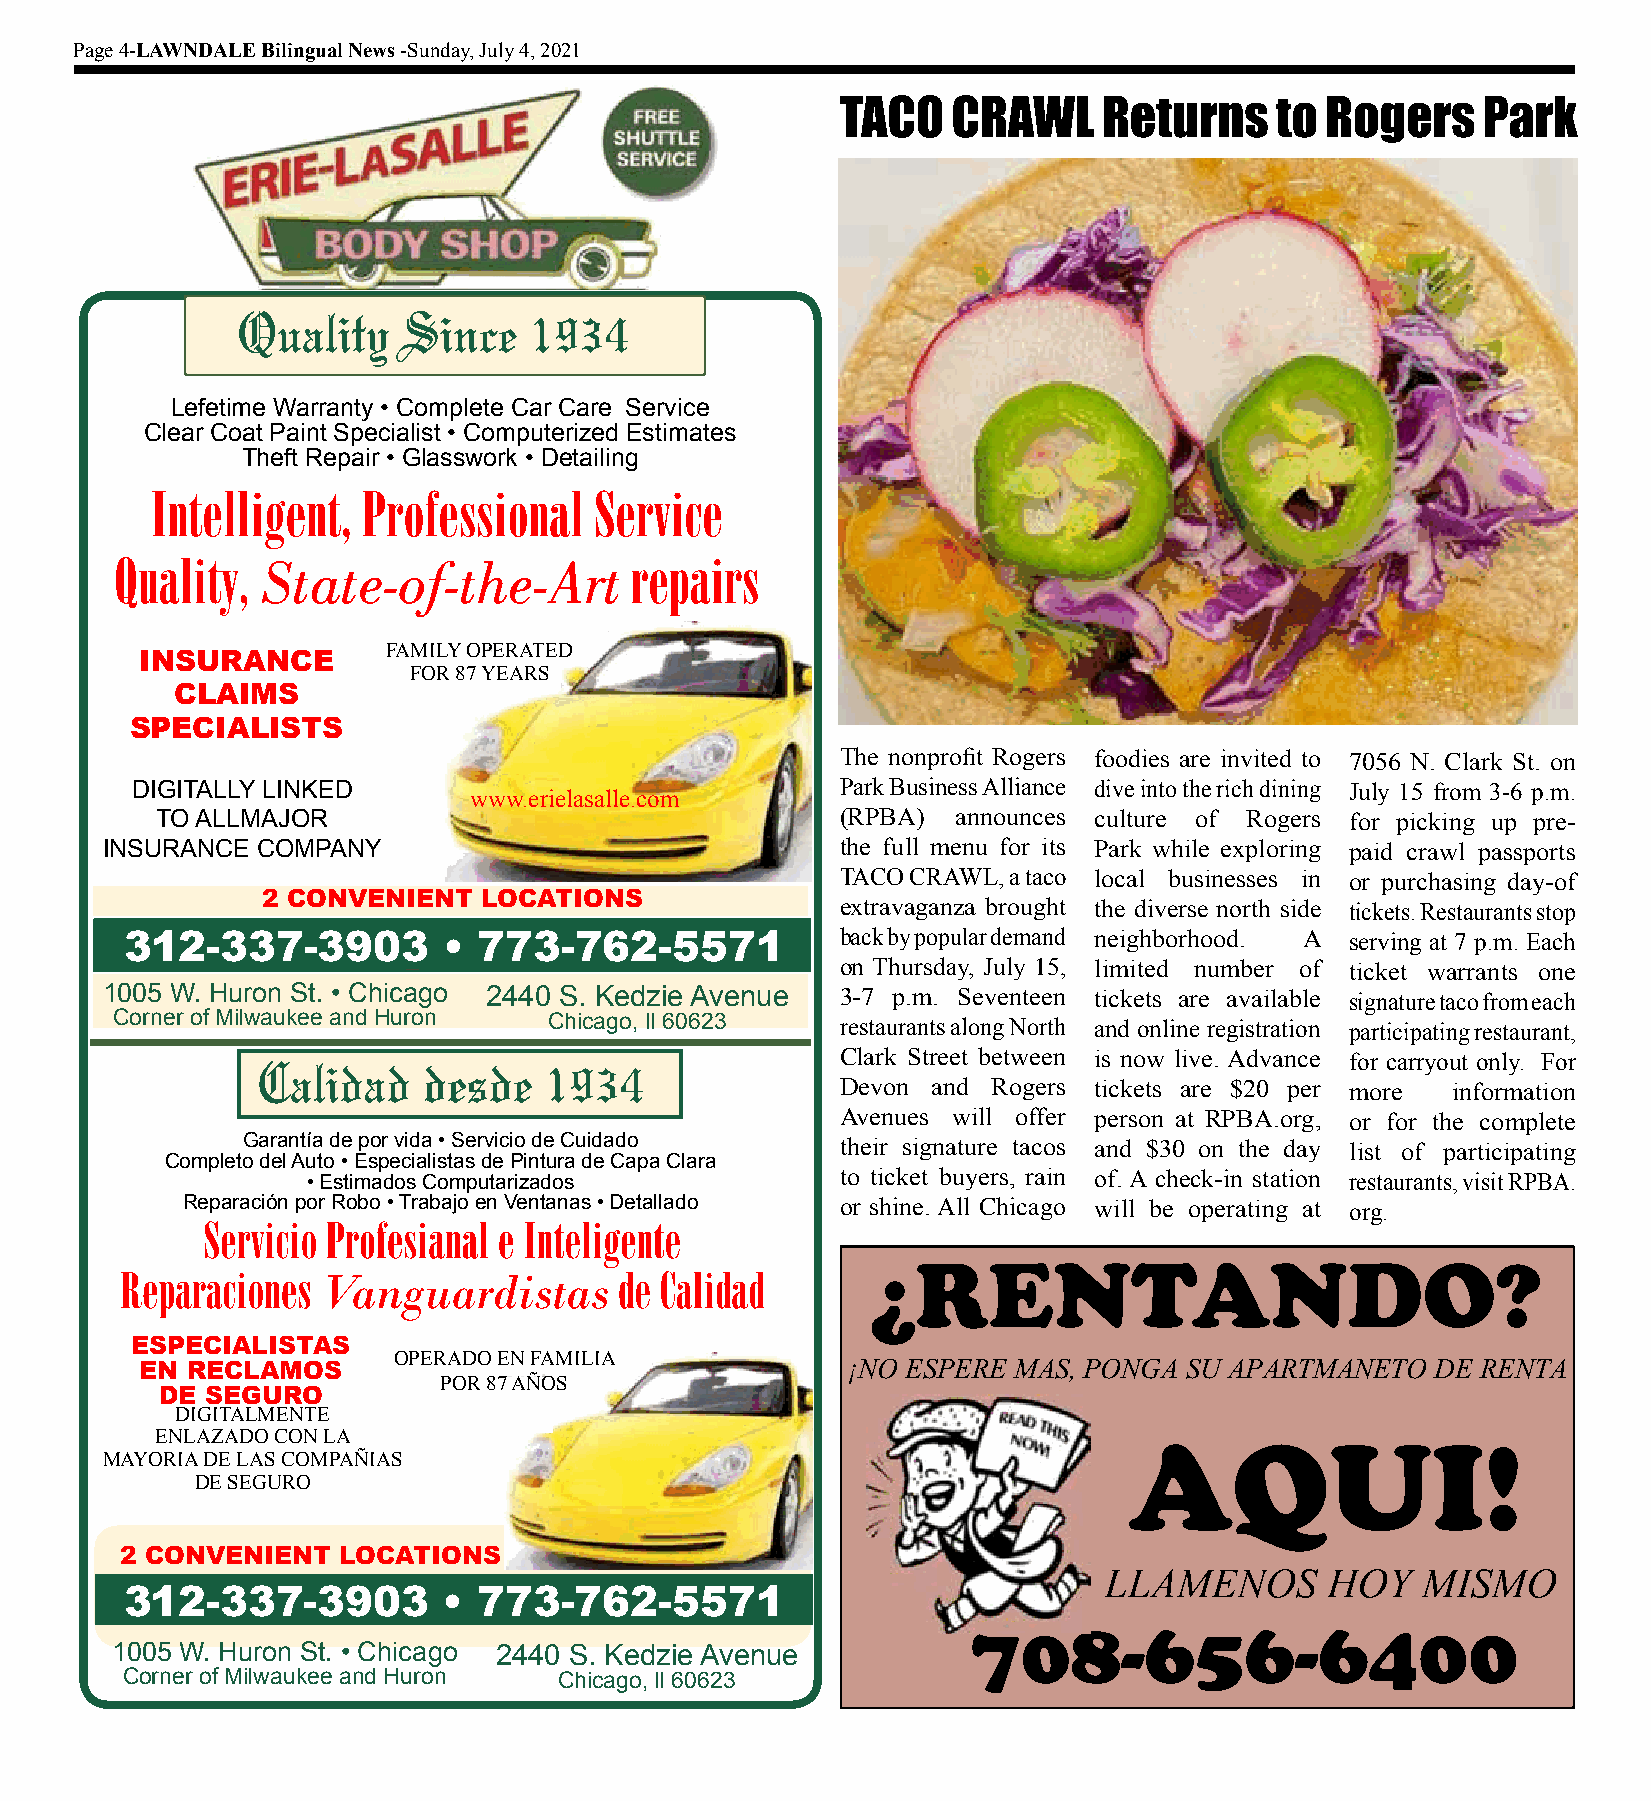
Page 4-LAWNDALE Bilingual News -Sunday, July 4, 2021
 TACO   CRAWL     Returns    to  Rogers    Park
 Quality    Since   1934
 Lefetime Warranty • Complete Car Care Service
 Clear Coat Paint Specialist • Computerized Estimates
 Theft Repair • Glasswork • Detailing
 Intelligent,  Professional   Service
 Quality, State-of-the-Art         repairs
 FAMILY OPERATED
 INSURANCE
 FOR 87 YEARS
 CLAIMS
 SPECIALISTS
 The nonprofit Rogers foodies are invited to 7056 N. Clark St. on
 DIGITALLY LINKED                               Park Business Alliance dive into the rich dining July 15 from 3-6 p.m.
 www.erielasalle.com
 TO ALLMAJOR                                   (RPBA) announces culture of Rogers for picking up pre-
 INSURANCE COMPANY                                the full menu for its Park while exploring paid crawl passports
 TACO CRAWL, a taco local businesses in or purchasing day-of
 2 CONVENIENT   LOCATIONS
 extravaganza brought the diverse north side tickets. Restaurants stop
 312-337-3903         •  773-762-5571            back by popular demand neighborhood. A serving at 7 p.m. Each
 on Thursday, July 15, limited number of ticket warrants one
 1005 W. Huron St. • Chicago 2440 S. Kedzie Avenue 3-7 p.m. Seventeen tickets are available signature taco from each
 Corner of Milwaukee and Huron Chicago, Il 60623 restaurants along North and online registration participating restaurant,
 Calidad    desde   1934                Clark Street between is now live. Advance for carryout only. For
 Devon and Rogers tickets are $20 per more information
 Avenues will offer person at RPBA.org, or for the complete
 Garantía de por vida • Servicio de Cuidado their signature tacos and $30 on the day list of participating
 Completo del Auto • Especialistas de Pintura de Capa Clara
 • Estimados Computarizados          to ticket buyers, rain of. A check-in station restaurants, visit RPBA.
 Reparación por Robo • Trabajo en Ventanas • Detallado or shine. All Chicago will be operating at org.
 Servicio Profesianal e Inteligente
 ¿RENTANDO?
 Reparaciones Vanguardistas       de Calidad
 ESPECIALISTAS
 OPERADO EN FAMILIA            ¡NO ESPERE MAS, PONGA SU APARTMANETO   DE RENTA
 EN RECLAMOS
 POR 87 AÑOS
 DE SEGURO
 DIGITALMENTE
 ENLAZADO CON LA
 AQUI!
 MAYORIA DE LAS COMPAÑIAS
 DE SEGURO
 www.erielasalle.com
 2 CONVENIENT  LOCATIONS
 LLAMENOS       HOY   MISMO
 312-337-3903         •  773-762-5571
 708-656-6400
 1005 W. Huron St. • Chicago 2440 S. Kedzie Avenue
 Corner of Milwaukee and Huron Chicago, Il 60623